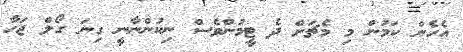
އެހެން ކަމުން މި މެޗަށް ދެ ޓީމުންވެސް ނިކުންނާނީ ގިނަ ގޯލް ޖަހާ